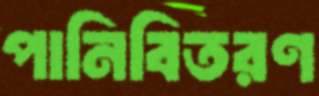
পানিবিতরণ